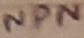
Text: NPN